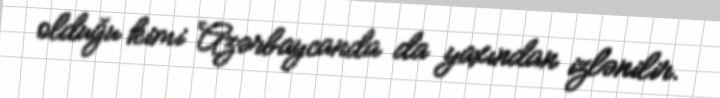
olduğu kimi Azərbaycanda da yaxından izlənilir.